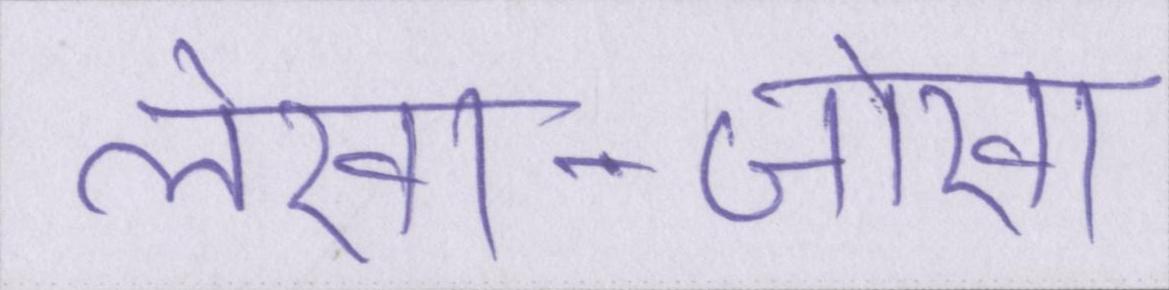
लेखा-जोखा